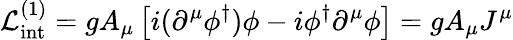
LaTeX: {\cal{L}}_{\mathrm{int}}^{(1)}=gA_{\mu}\left[i(\partial^{\mu}\phi^{\dagger})\phi-i\phi^{\dagger}\partial^{\mu}\phi\right]=gA_{\mu}J^{\mu}